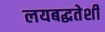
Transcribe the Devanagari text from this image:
लयबद्धतेशी